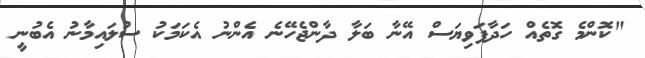
"ކޮންމެ ގޮތެއް ހަދާފަވިޔަސް އޭނާ ބަލާ ދާންޖެހޭނެ އެންނު އެކަމަކު ސުލައިމާނު އެބުނީ